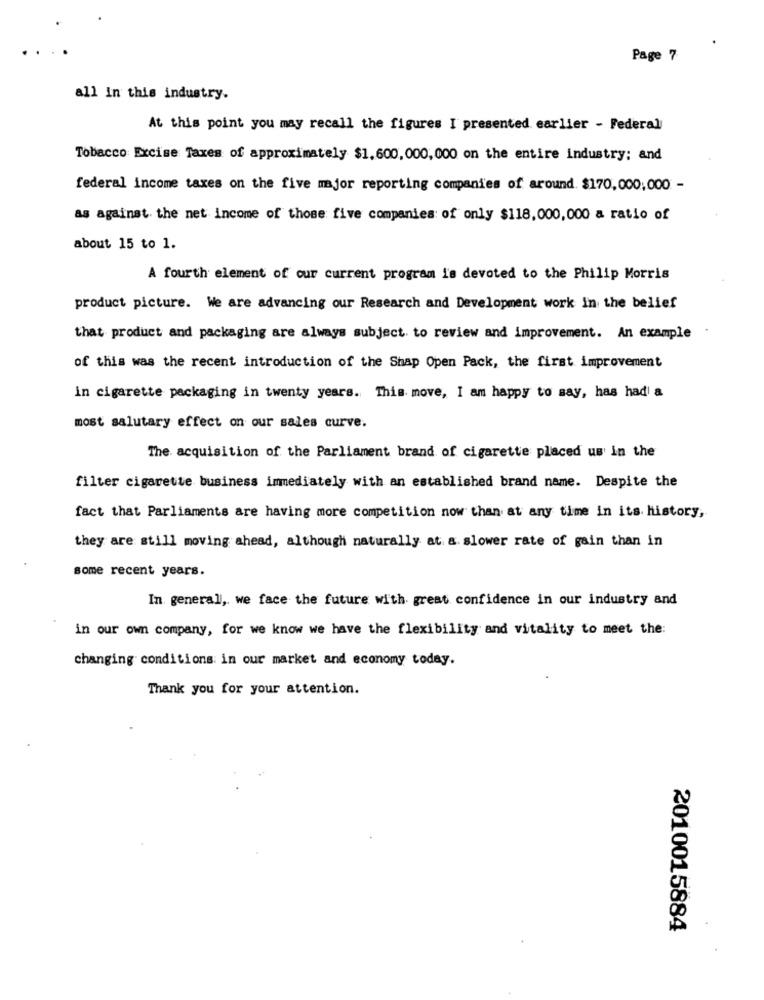
Page 7
all in this industry.
At this point you may recall the figures I presented earlier - Federal
Tobacco Excise Taxes of approximately $1.600,000,000 on the entire industry; and
federal income taxes on the five major reporting companies of around. $170,000,000 -
as against the net income of those five companies: of only $118,000,000 a ratio of
about 15 to 1.
A fourth element of our current program i's devoted to the Philip Morris
product picture. We are advancing our Research and Development work In the belief
that product and packaging are always subject to review and improvement. An example
of this was the recent introduction of the Shap Open Pack, the first improvement
in cigarette packaging in twenty years. This move, I am happy to say, has had a
most salutary effect on our sales curve.
The acquisition of the Parliament brand of cigarette placed us in the
filter cigarette business immediately with an established brand name. Despite the
fact that Parliaments are having more competition now than at any time in its history,
they are still moving ahead, although naturally at a slower rate of gain than in
some recent years.
In general, we face the future with great confidence in our industry and
in our own company, for we know we have the flexibility and vitality to meet the:
changing conditions in our market and economy today.
Thank you for your attention.
2010015884